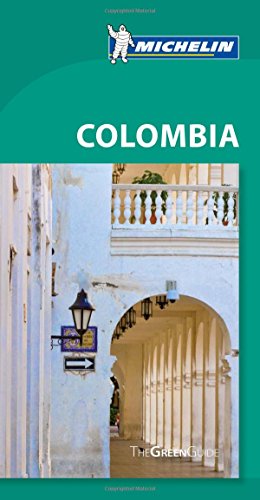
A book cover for Michelin Green Guide Colombia (Green Guide/Michelin); Michelin; Travel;